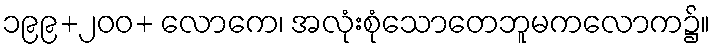
၁၉၉+၂၀၀+ လောကေ၊ အလုံးစုံသောတေဘူမကလောက၌။